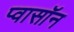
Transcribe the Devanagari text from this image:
प्वासॉन